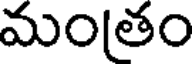
మంతం